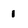
Character: 1